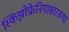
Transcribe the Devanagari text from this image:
स्किझोफ्रेनियासारख्या